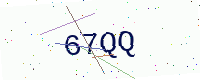
Text: 67QQ